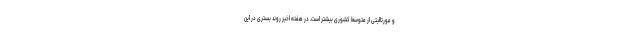
و مورتالیتی از متوسط کشوری بیشتر است. در هفته اخیر روند بستری در این